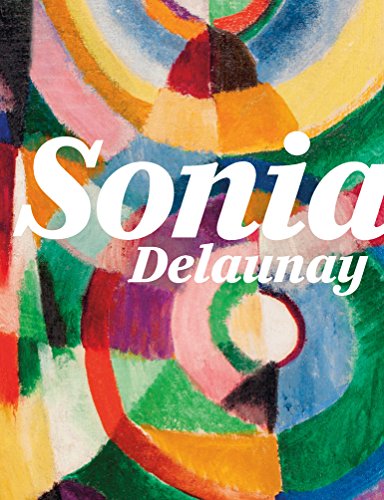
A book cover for Sonia Delaunay; Arts & Photography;